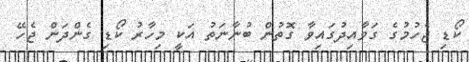
ކޯޑި ޖެހުމުގެ ގަވާއިދުގައިވާ ގޮތުން ބުނާނަތު އަކީ މިހާރު ކޯޑި ގެންދަން ޖެހޭ